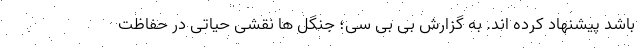
باشد پیشنهاد کرده اند. به گزارش بی بی سی؛ جنگل ها نقشی حیاتی در حفاظت